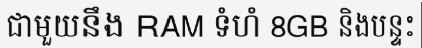
ជាមួយនឹង RAM ទំហំ 8GB និងបន្ទះ